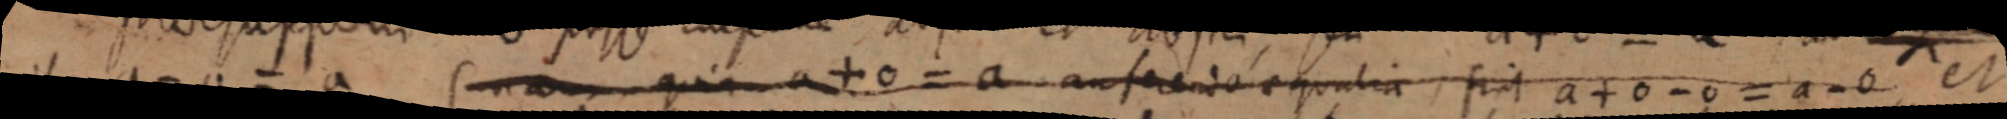
et a - 0 = a (nam quia a + 0 anfereni aequalia fiat a + 0 - 0 = a - 0 et